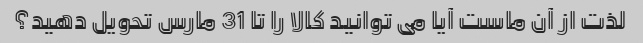
لذت از آن ماست آیا می توانید کالا را تا 31 مارس تحویل دهید؟